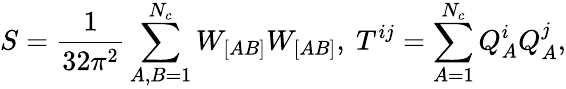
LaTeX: S=\frac{1}{32\pi^{2}}\sum_{A,B=1}^{N_{c}}W_{[AB]}W_{[AB]},\ T^{ij}=\sum_{A=1}^{N_{c}}Q_{A}^{i}Q_{A}^{j},